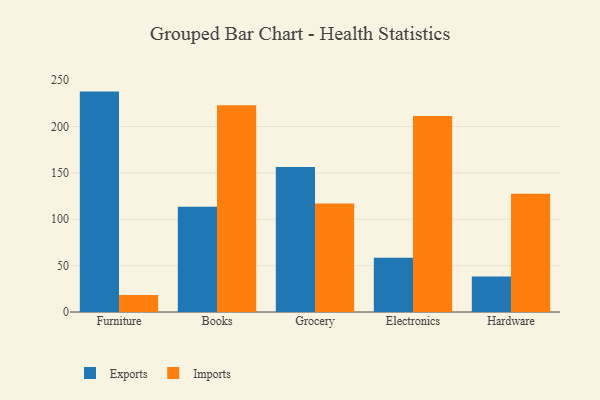
{"axis": {"x": "Category", "y": "Website Visitors"}, "legend": ["Exports", "Imports"], "data": [{"x": "Furniture", "y": 237.6, "type": "Exports"}, {"x": "Furniture", "y": 18.4, "type": "Imports"}, {"x": "Books", "y": 113.5, "type": "Exports"}, {"x": "Books", "y": 223.0, "type": "Imports"}, {"x": "Grocery", "y": 156.4, "type": "Exports"}, {"x": "Grocery", "y": 117.1, "type": "Imports"}, {"x": "Electronics", "y": 58.4, "type": "Exports"}, {"x": "Electronics", "y": 211.3, "type": "Imports"}, {"x": "Hardware", "y": 38.3, "type": "Exports"}, {"x": "Hardware", "y": 127.5, "type": "Imports"}]}